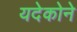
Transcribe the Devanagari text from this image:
यदेकोने